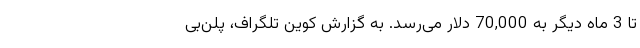
تا 3 ماه دیگر به 70,000 دلار می‌رسد. به گزارش کوین تلگراف، پلن‌بی